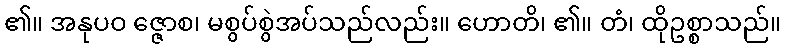
၏။ အနုပဝ ဇ္ဇောစ၊ မစွပ်စွဲအပ်သည်လည်း။ ဟောတိ၊ ၏။ တံ၊ ထိုဥစ္စာသည်။